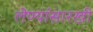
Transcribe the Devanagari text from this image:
लेण्यांसारखी